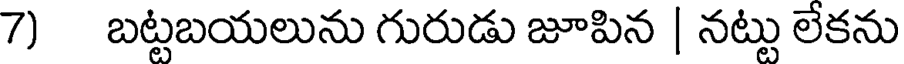
7) బట్టబయలును గురుడు జూపిన | నట్టు లేకను